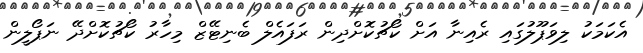
އެކަމަކު ލިވަޕޫލުގައި ރެއިނާ އަށް ކޯޗުކޮށްދިން ރަފައެލް ބެނިޓޭޒް މިހާރު ކޯޗުކޮށްދޭ ނަޕޯލީން